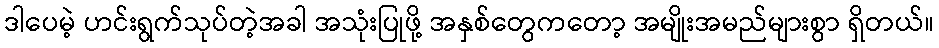
ဒါပေမဲ့ ဟင်းရွက်သုပ်တဲ့အခါ အသုံးပြုဖို့ အနှစ်တွေကတော့ အမျိုးအမည်များစွာ ရှိတယ်။